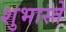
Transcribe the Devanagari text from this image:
शुभास्ते